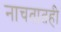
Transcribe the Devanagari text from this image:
नाचतातही